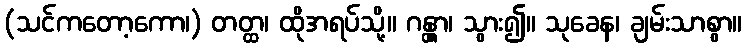
(သင်ကတော့ကော၊) တတ္ထ၊ ထိုအရပ်သို့။ ဂန္တွာ၊ သွား၍။ သုခေန၊ ချမ်းသာစွာ။